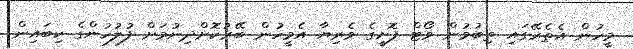
މީހުން އެތެރޭގައި ތިބުމުން ވޯޓް ފޮށީގެ ވެރިޔާ އެމީހުން ބޭރުކޮށްދިނުމަށް ފުލުހުންގެ ކިބައިން